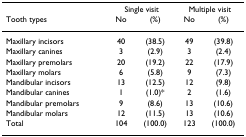
<table><thead><tr><td></td><td colspan="2"><b>Single visit</b></td><td colspan="2"><b>Multiple visit</b></td></tr><tr><td><b>Tooth types</b></td><td><b>No</b></td><td><b>(%)</b></td><td><b>No</b></td><td><b>(%)</b></td></tr></thead><tbody><tr><td>Maxillary incisors</td><td>40</td><td>(38.5)</td><td>49</td><td>(39.8)</td></tr><tr><td>Maxillary canines</td><td>3</td><td>(2.9)</td><td>3</td><td>(2.4)</td></tr><tr><td>Maxillary premolars</td><td>20</td><td>(19.2)</td><td>22</td><td>(17.9)</td></tr><tr><td>Maxillary molars</td><td>6</td><td>(5.8)</td><td>9</td><td>(7.3)</td></tr><tr><td>Mandibular incisors</td><td>13</td><td>(12.5)</td><td>12</td><td>(9.8)</td></tr><tr><td>Mandibular canines</td><td>1</td><td>(1.0)*</td><td>2</td><td>(1.6)</td></tr><tr><td>Mandibular premolars</td><td>9</td><td>(8.6)</td><td>13</td><td>(10.6)</td></tr><tr><td>Mandibular molars</td><td>12</td><td>(11.5)</td><td>13</td><td>(10.6)</td></tr><tr><td>Total</td><td>104</td><td>(100.0)</td><td>123</td><td>(100.0)</td></tr></tbody></table>